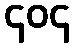
၄၀၄